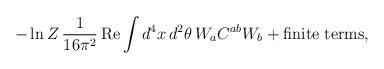
LaTeX: \begin{align*}- \ln Z\,\frac{1}{16\pi^2}\,\mbox{Re}\int d^4x\,d^2\theta\,W_a C^{ab} W_b +\mbox{finite terms},\end{align*}